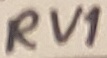
Text: RV1